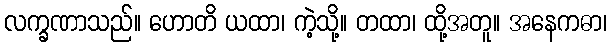
လက္ခဏာသည်။ ဟောတိ ယထာ၊ ကဲ့သို့။ တထာ၊ ထို့အတူ။ အနေကဓာ၊